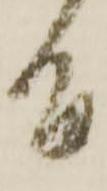
間